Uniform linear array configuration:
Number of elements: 48
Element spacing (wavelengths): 0.75
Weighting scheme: cosine
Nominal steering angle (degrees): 15
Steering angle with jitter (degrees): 15.875
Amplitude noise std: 0.05
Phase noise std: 0.05

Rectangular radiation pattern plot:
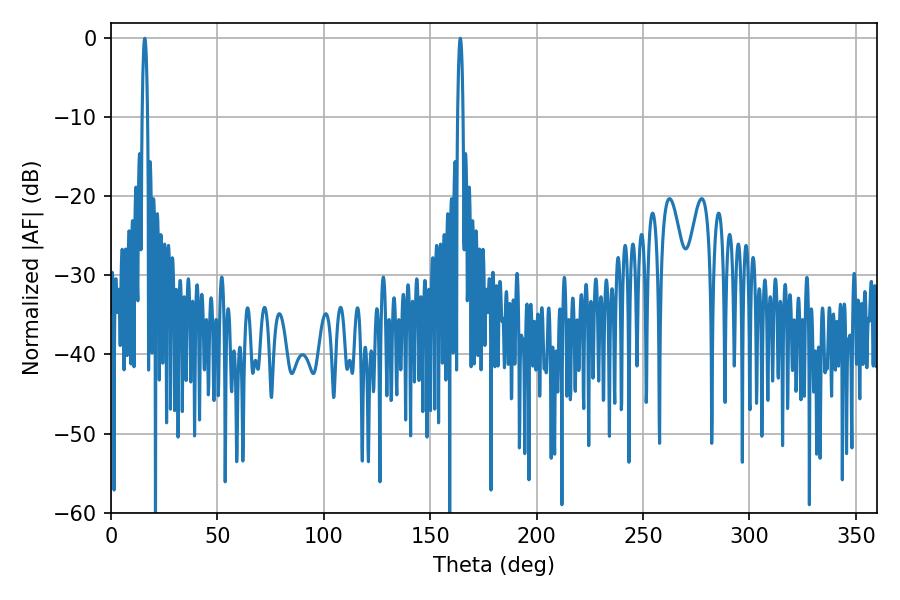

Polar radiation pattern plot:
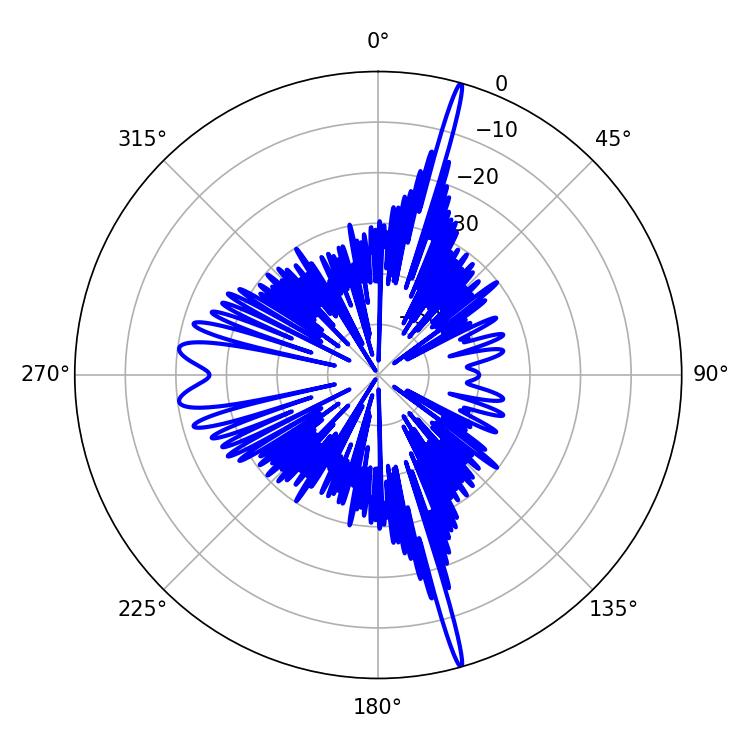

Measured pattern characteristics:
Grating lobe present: TRUE
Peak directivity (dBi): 22.027
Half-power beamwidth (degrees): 1.44
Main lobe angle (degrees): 15.84